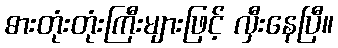
ဓားတုံးတုံးကြီးများဖြင့် လှီးနေပြီ။